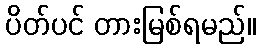
ပိတ်ပင် တားမြစ်ရမည်။